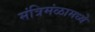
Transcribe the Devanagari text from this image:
मंत्रिमंळामध्ये